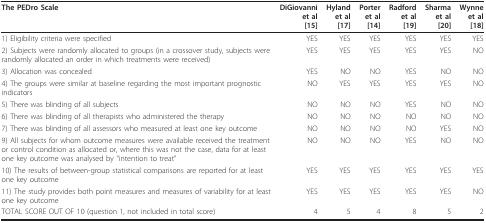
| The PEDro Scale | DiGiovanni et al[15] | Hyland et al[17] | Porter et al[14] | Radford et al[19] | Sharma et al[20] | Wynne et al[18] |
 | --- | --- | --- | --- | --- | --- | --- |
 | 1) Eligibility criteria were specified | YES | YES | YES | YES | YES | YES |
 | 2) Subjects were randomly allocated to groups (in a crossover study, subjects were randomly allocated an order in which treatments were received) | YES | YES | YES | YES | YES | NO |
 | 3) Allocation was concealed | YES | NO | NO | YES | NO | NO |
 | 4) The groups were similar at baseline regarding the most important prognostic indicators | NO | YES | YES | YES | YES | NO |
 | 5) There was blinding of all subjects | NO | NO | NO | YES | NO | NO |
 | 6) There was blinding of all therapists who administered the therapy | NO | NO | NO | NO | NO | NO |
 | 7) There was blinding of all assessors who measured at least one key outcome | NO | NO | NO | NO | YES | NO |
 | 9) All subjects for whom outcome measures were available received the treatment or control condition as allocated or, where this was not the case, data for at least one key outcome was analysed by "intention to treat" | NO | NO | NO | YES | NO | NO |
 | 10) The results of between-group statistical comparisons are reported for at least one key outcome | YES | YES | YES | YES | YES | YES |
 | 11) The study provides both point measures and measures of variability for at least one key outcome | YES | YES | YES | YES | YES | NO |
 | TOTAL SCORE OUT OF 10 (question 1, not included in total score) | 4 | 5 | 4 | 8 | 5 | 2 |